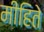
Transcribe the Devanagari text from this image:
मीहिते